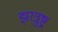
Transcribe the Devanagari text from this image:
झरत्रुष्ट्र